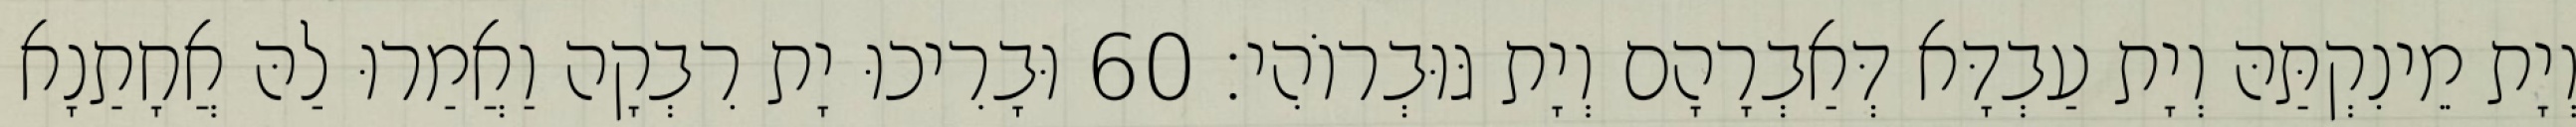
וְיָת מֵינִקְתַּהּ וְיָת עַבְדָּא דְּאַבְרָהָם וְיָת גּוּבְרוֹהִי׃ 60 וּבָרִיכוּ יָת רִבְקָה וַאֲמַרוּ לַהּ אֲחָתַנָא